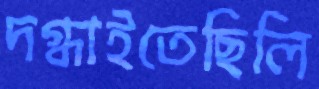
দগ্ধাইতেছিলি